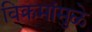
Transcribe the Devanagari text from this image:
विक्रमांमुळे